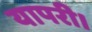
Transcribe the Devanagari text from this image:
यापरी।